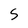
Character: S